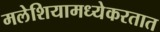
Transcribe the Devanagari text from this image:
मलेशियामध्येकरतात